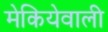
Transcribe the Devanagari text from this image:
मेकियेवाली